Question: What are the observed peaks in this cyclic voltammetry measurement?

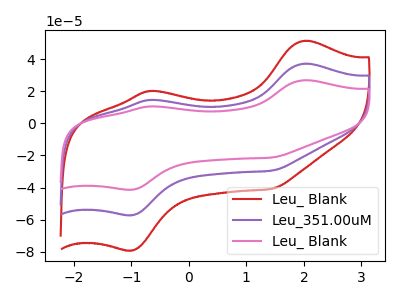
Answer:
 <answer>The red curve "Leu_ Blank" has anodic peaks at (2.00V, 51.45uA) (-0.65V, 20.20uA) and cathodic peaks at (-1.00V, -79.20uA) (1.45V, -40.80uA). The purple curve "Leu_351.00uM" has anodic peaks at (2.00V, 37.15uA) (-0.65V, 14.60uA) and cathodic peaks at (-1.00V, -57.20uA) (1.45V, -29.50uA). The pink curve "Leu_ Blank" has anodic peaks at (2.00V, 74.30uA) (-0.65V, 29.20uA) and cathodic peaks at (-1.00V, -114.45uA) (1.45V, -59.00uA).</answer>
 <eval></eval>